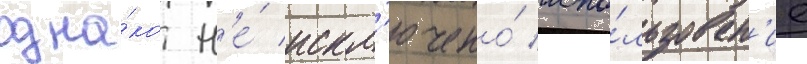
одна́ко н'е́ искл'ючено́ испо́льзован'ие